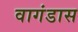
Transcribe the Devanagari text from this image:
वागंडास